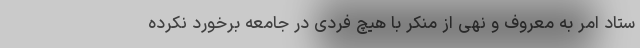
ستاد امر به معروف و نهی از منکر با هیچ فردی در جامعه برخورد نکرده